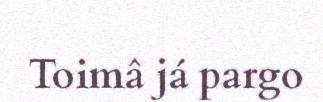
Toimâ já pargo